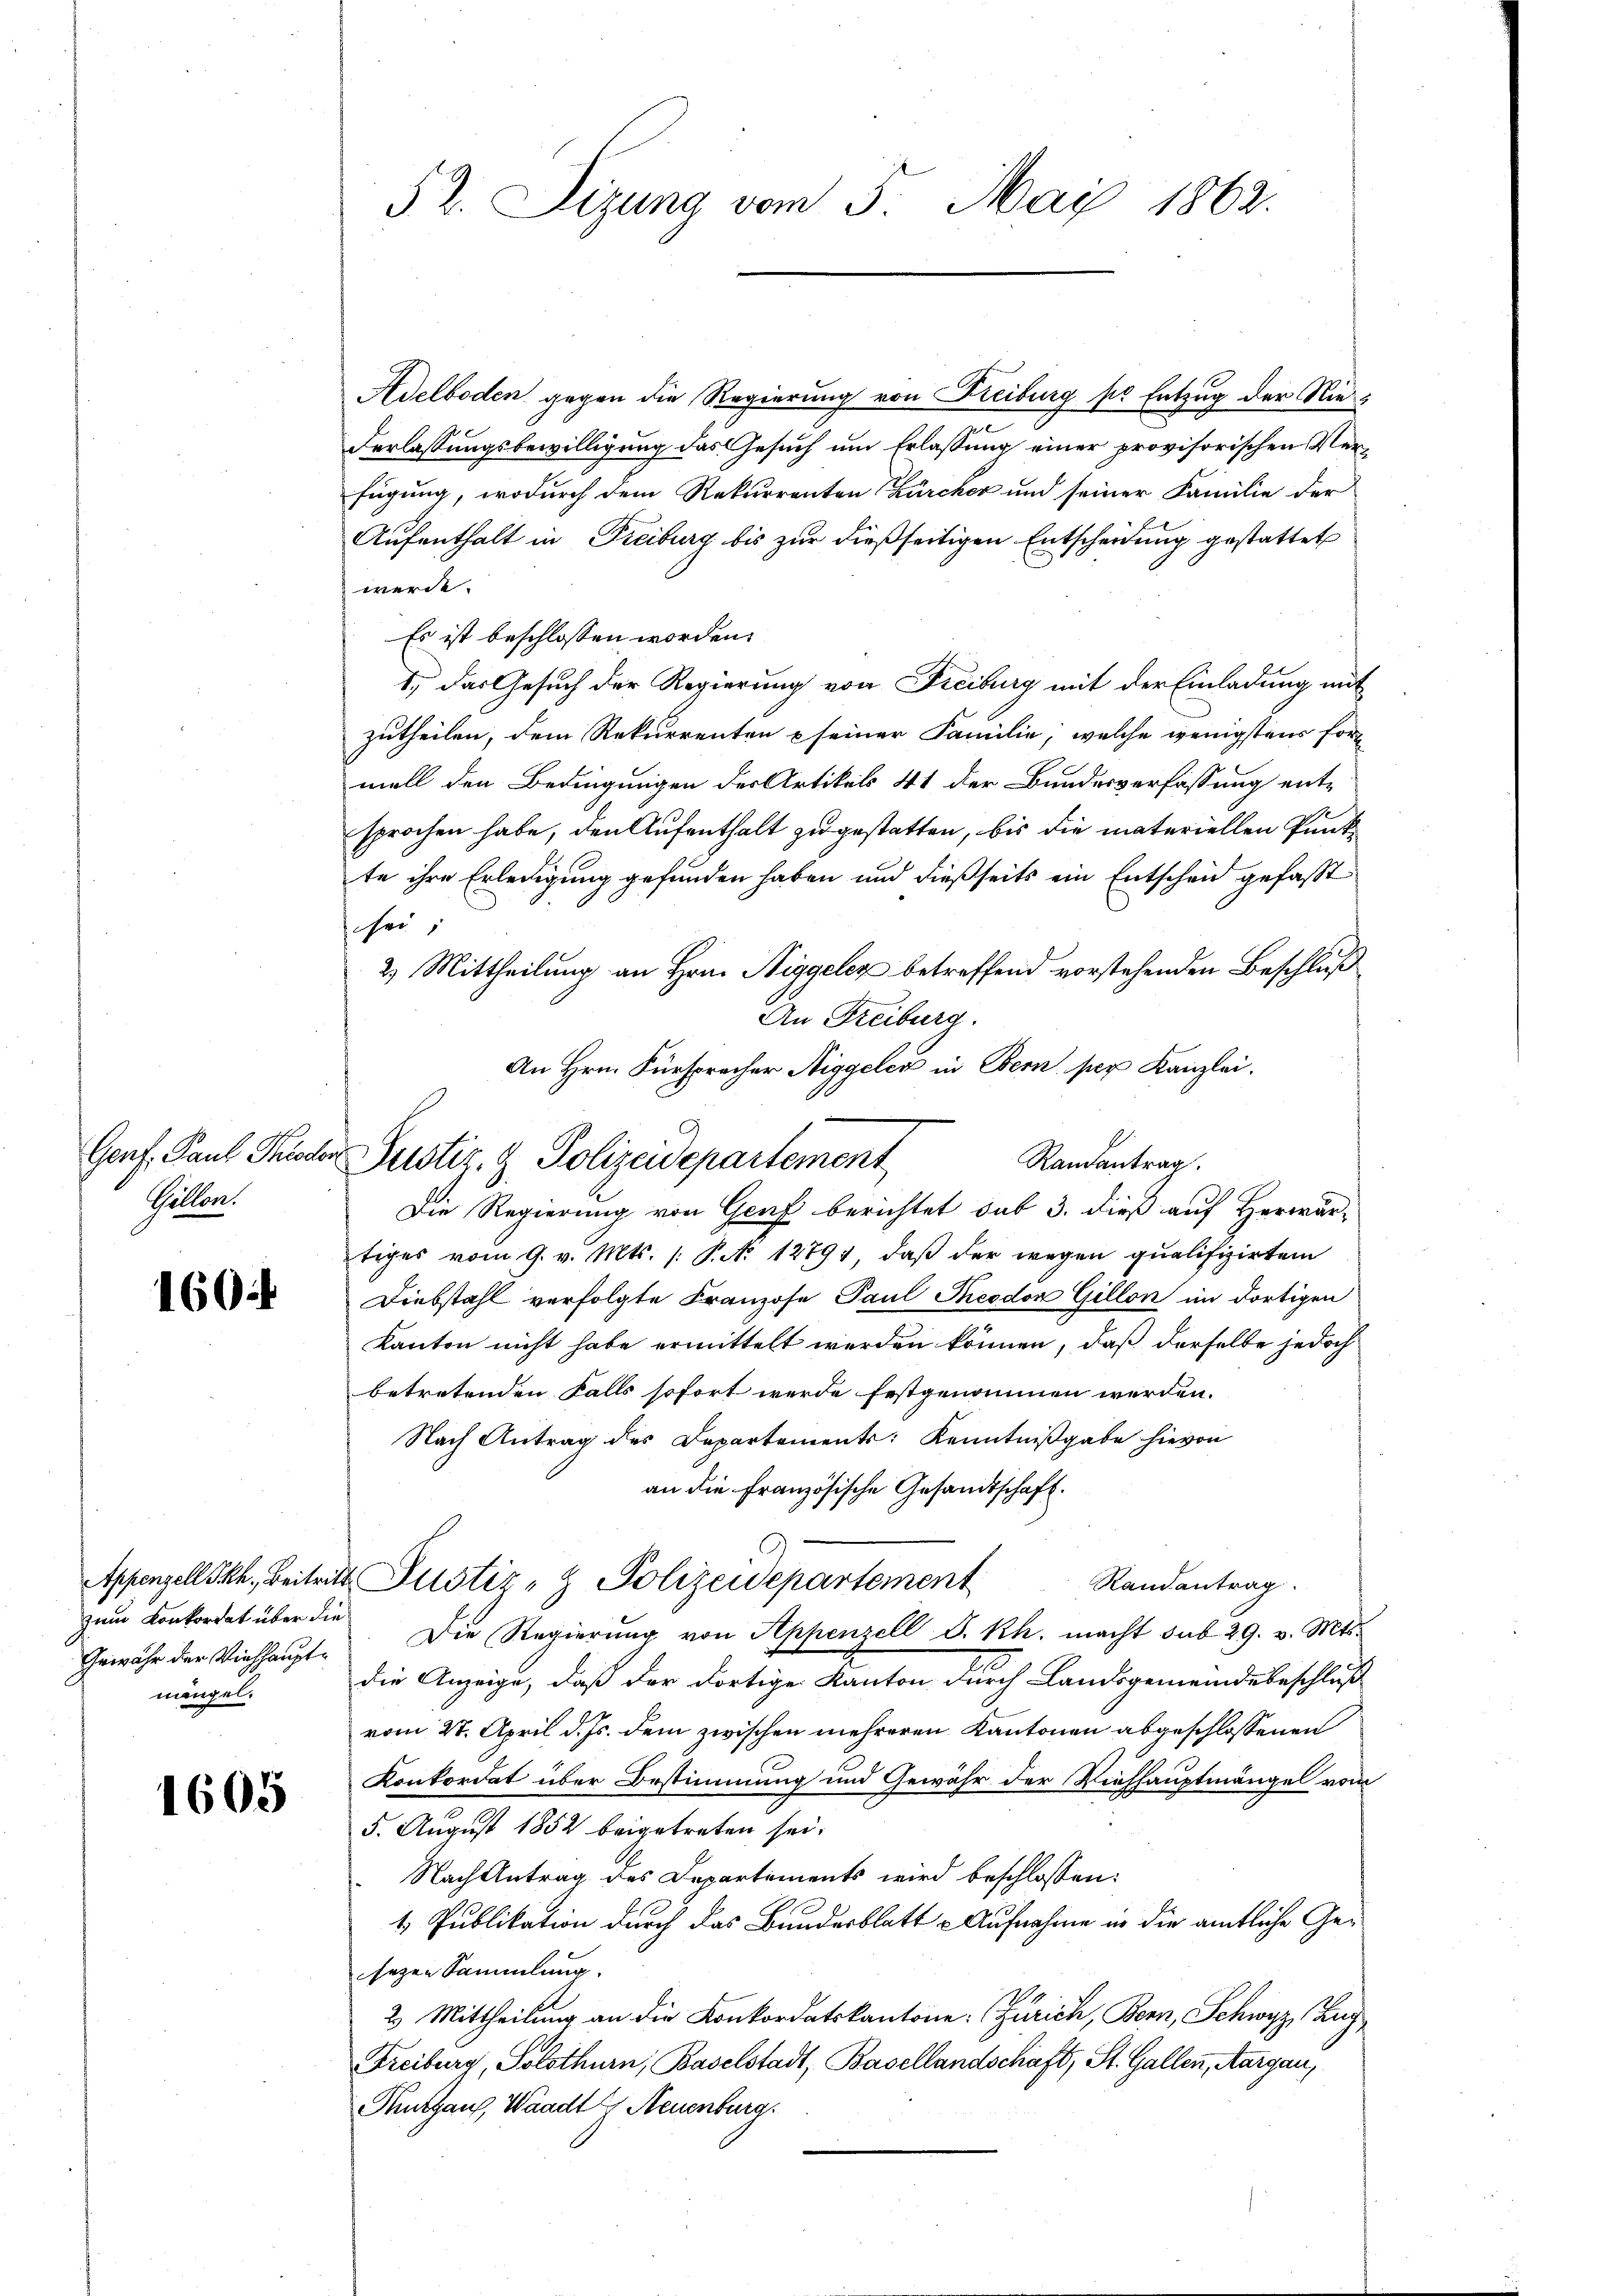
Gellen.

1604

Adelboden gegen die Regierung von Freiburg so Entzug der Nie
derlassungsbewilligung das Gesuch um Erlassung einer provisorischen Verfügung, wodurch dem Rekurrenten Zürcher und seiner Familie der
Aufenthalt in Freiburg bis zur dießseitigen Entscheidung gestattet
werde.
Es ist beschlossen worden.
1.) Das Gesuch der Regierung von Freiburg mit der Einladung mit
zutheilen, dem Rekurrenten seiner Familie, welche wenigstens fort
mell den Bedingungen der Artikels 41 der Bundesverfassung entsprochen habe, den Aufenthalt zu gestatten, bis die materiellen Punkte ihre Erledigung gefunden haben und dießseits ein Entscheid gefasst
sei
2) Mittheilung an Hrn. Niggelez betreffend vorstehenden Beschluß
An Freiburg.
An Hrn. Fürspracher Niggeler in Bern, per Kanzlei.
Randantrag.
Die Regierung von Genf berichtet sub 3. dieß auf Herwärtiges vom 9. v. Mts. /: P. N. 12791, daß der wegen qualifizirtem
Diebstahl verfolgte Franzose Paul Theodor Gillon im dortigen
Kanton nicht habe ermittelt werden können, daß derselbe jedoch
betretenden Falls sofort werde festgenommen werden.
Nach Antrag des Departements: Kenntnißgabe hievon
an die Französische Gesandtschaft.
Appenzell Skk. Beitritt Justiz- & Polizeidepartement
Randantrag.
Die Regierung von Appenzell S. Rh. macht sub 29. v. Mts.
die Anzeige, daß der dortige Kanton durch Landsgemeindebeschluß
vom 27. April d. Js. dem zwischen mehreren Kantonen abgeschlossenen
Konkordat über Bestimmung und Gewähr der Viehhauptmängel vom
5. August 1852 beigetreten sei.
Nach Antrag des Departements wird beschlossen:
4 Publikation durch das Bundesblatt - Aufnahme in die amtliche Gesezen Sammlung.
2 Mittheilung an die Konkordatskantone: Zürich, Bern, Schwyz, Zug
Freiburg, Solothurn, Baselstadt, Basellandschaft, St. Gallen, Aargau,
Thurgau, Waadt, Neuenburg.

zum Konkordat über die
Gewähr der Viehhauptmengel.

1605

52. Sitzung vom 5. Mai 1862.

Genf. Paul Frieder Justiz- & Polizeidepartement